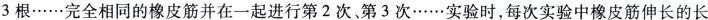
3 根······完全相同的橡皮筋并在一起进行第2次、第3次······实验时每次实验中皮筋伸长的长